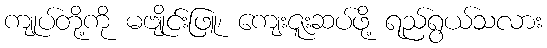
ကျုပ်တို့ကို မဗျိုင်းဖြူ၊ ကျေးဇူးဆပ်ဖို့ ရည်ရွယ်သလား